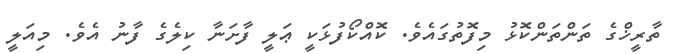
ތާރީޚްގެ ތަންތަންކޮޅު މިފޮތުގައެވެ. ކޮއްކޯފުޅަކީ ޢަލީ ފާށަނާ ކިލެގެ ފާނު އެވެ. މިއަލީ